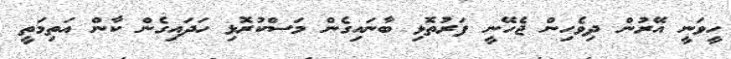
ހީވަނީ އޭރުން ދިވެހިން ޖެހޭނީ ފަރުތޮޅި ބާނައިގެން މަސްކުރޮޅި ހަދައިގެން ކާން އަތިމަތީ